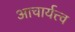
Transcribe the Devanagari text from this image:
आचार्यत्त्व